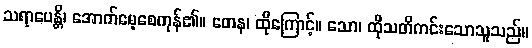
သရာပေန္တိ၊ အောက်မေ့စေကုန်၏။ တေန၊ ထိုကြောင့်။ သော၊ ထိုသတိကင်းသောသူသည်။